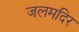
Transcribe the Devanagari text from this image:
जलमदिर